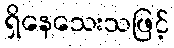
ရှိနေသေးသဖြင့်